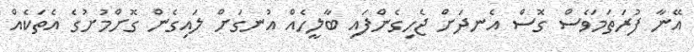
އޭނާ ފުރަތަމަވެސް ގޮސް އެނދަށް ޖެހިގެންފައި ބާލީހެއް އުނގަށް ލައިގެން ގޮށްމުށުގެ އެތަކެއް